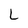
Character: L